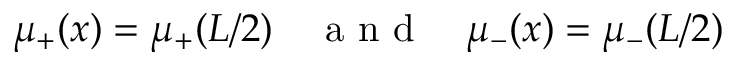
\mu _ { + } ( x ) = \mu _ { + } ( L / 2 ) \quad \mathrm { ~ a ~ n ~ d ~ } \quad \mu _ { - } ( x ) = \mu _ { - } ( L / 2 )